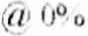
@ 0%